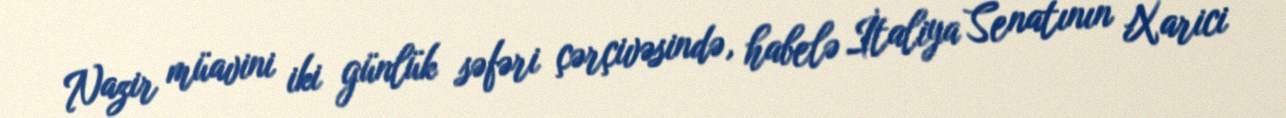
Nazir müavini iki günlük səfəri çərçivəsində, habelə İtaliya Senatının Xarici